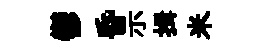
鬱昏示揖米